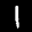
Label: 1